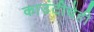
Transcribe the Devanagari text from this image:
काउंटीचेही